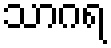
သာဂရ